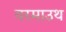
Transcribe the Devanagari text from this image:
वरमाउथ